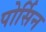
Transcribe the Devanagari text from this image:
पोर्सिन